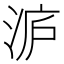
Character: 𭰢